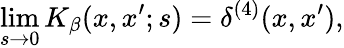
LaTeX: \operatorname*{lim}_{s\rightarrow 0}K_{\beta}(x,x^{\prime};s)=\delta^{(4)}(x,x^{\prime}),